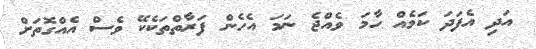
އަދި އެފަދަ ކަމެއް ހާމަ ވެއްޖެ ނަމަ އެހެން ފަރާތްތަކެކޭ ވެސް އެއްގޮތަށް